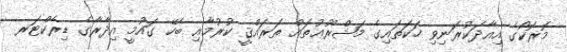
މޮރޮކޯގެ އިއާދަކުރަނިވި ހަކަތައިގެ މަޝްރޫޢުތައް ތަރައްޤީ ކުރުމާއި ބެހޭ ގައުމީ އިދާރާގެ ޑިރެކްޓަރ